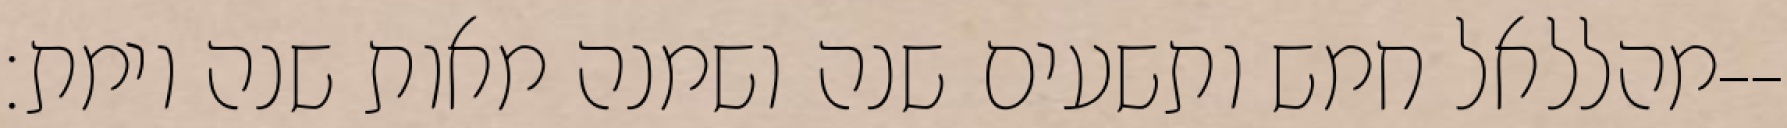
מהללאל חמש ותשעים שנה ושמנה מאות שנה וימת׃--